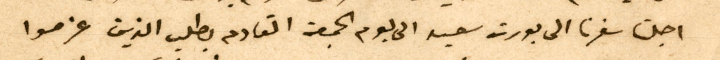
اجلنا سفرنا الى بورت سعيد الى يوم الجمعة القادم بطلب الذين عزموا